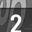
Digit: 2